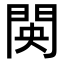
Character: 𮤋